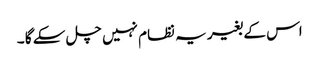
اس کے بغیر یہ نظام نہیں چل سکے گا ۔